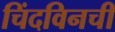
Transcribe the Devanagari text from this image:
चिंदविनची